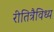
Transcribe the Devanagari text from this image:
रीतित्रैविध्य